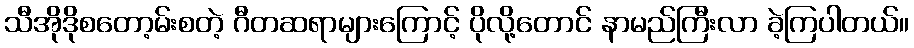
သီအိုဒိုစတော့မ်းစတဲ့ ဂီတဆရာများကြောင့် ပိုလို့တောင် နာမည်ကြီးလာ ခဲ့ကြပါတယ်။